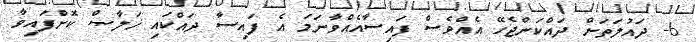
6- ދައުލަތަށް ދައްކަންޖެހޭ އެއްވެސް ފައިސާއެއްވާނަމަ އެ ފައިސާ ދައްކައި ޚަލާޞް ކޮށްފައިވާ